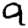
Digit: 9